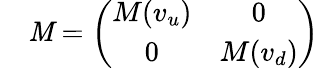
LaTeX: \quad\mathit{M}=\left(\begin{array}{cc}{{M(v_{u})}}&{{0}}\\ {{0}}&{{M(v_{d})}}\end{array}\right)\,